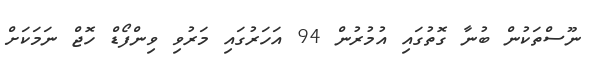
ނޫސްތަކުން ބުނާ ގޮތުގައި އުމުރުން 94 އަހަރުގައި މަރުވި ވިންފޯޑް ހޮޖް ނަމަކަށް